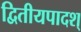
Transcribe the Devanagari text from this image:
द्वितीयपादश्